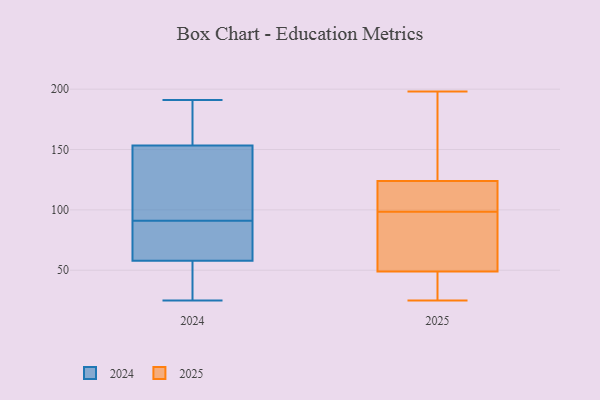
{"axis": {"x": "Website Visitors", "y": "Value"}, "legend": ["2024", "2025"], "data": [{"x": "", "y": 43, "type": "2025"}, {"x": "", "y": 114, "type": "2025"}, {"x": "", "y": 96, "type": "2025"}, {"x": "", "y": 53, "type": "2025"}, {"x": "", "y": 119, "type": "2025"}, {"x": "", "y": 28, "type": "2025"}, {"x": "", "y": 45, "type": "2025"}, {"x": "", "y": 198, "type": "2025"}, {"x": "", "y": 71, "type": "2025"}, {"x": "", "y": 101, "type": "2025"}, {"x": "", "y": 63, "type": "2025"}, {"x": "", "y": 130, "type": "2025"}, {"x": "", "y": 129, "type": "2025"}, {"x": "", "y": 102, "type": "2025"}, {"x": "", "y": 137, "type": "2025"}, {"x": "", "y": 25, "type": "2025"}, {"x": "", "y": 60, "type": "2024"}, {"x": "", "y": 25, "type": "2024"}, {"x": "", "y": 89, "type": "2024"}, {"x": "", "y": 56, "type": "2024"}, {"x": "", "y": 94, "type": "2024"}, {"x": "", "y": 57, "type": "2024"}, {"x": "", "y": 191, "type": "2024"}, {"x": "", "y": 160, "type": "2024"}, {"x": "", "y": 91, "type": "2024"}, {"x": "", "y": 133, "type": "2024"}, {"x": "", "y": 94, "type": "2024"}, {"x": "", "y": 90, "type": "2024"}, {"x": "", "y": 177, "type": "2024"}, {"x": "", "y": 56, "type": "2024"}, {"x": "", "y": 188, "type": "2024"}]}